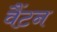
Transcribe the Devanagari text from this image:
वैंटन